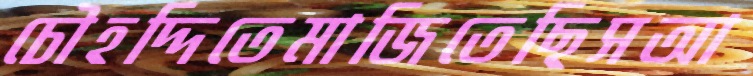
চৌহদ্দিতেমাজিতেছিসআ